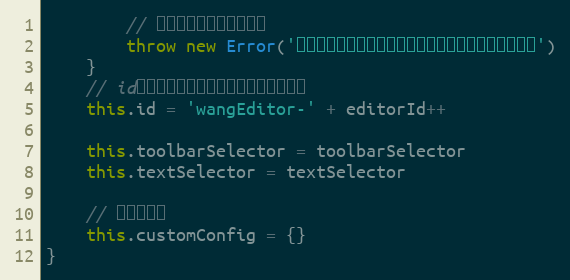
Language: JavaScript
        // 没有传入任何参数，报错
        throw new Error('错误：初始化编辑器时候未传入任何参数，请查阅文档')
    }
    // id，用以区分单个页面不同的编辑器对象
    this.id = 'wangEditor-' + editorId++

    this.toolbarSelector = toolbarSelector
    this.textSelector = textSelector

    // 自定义配置
    this.customConfig = {}
}